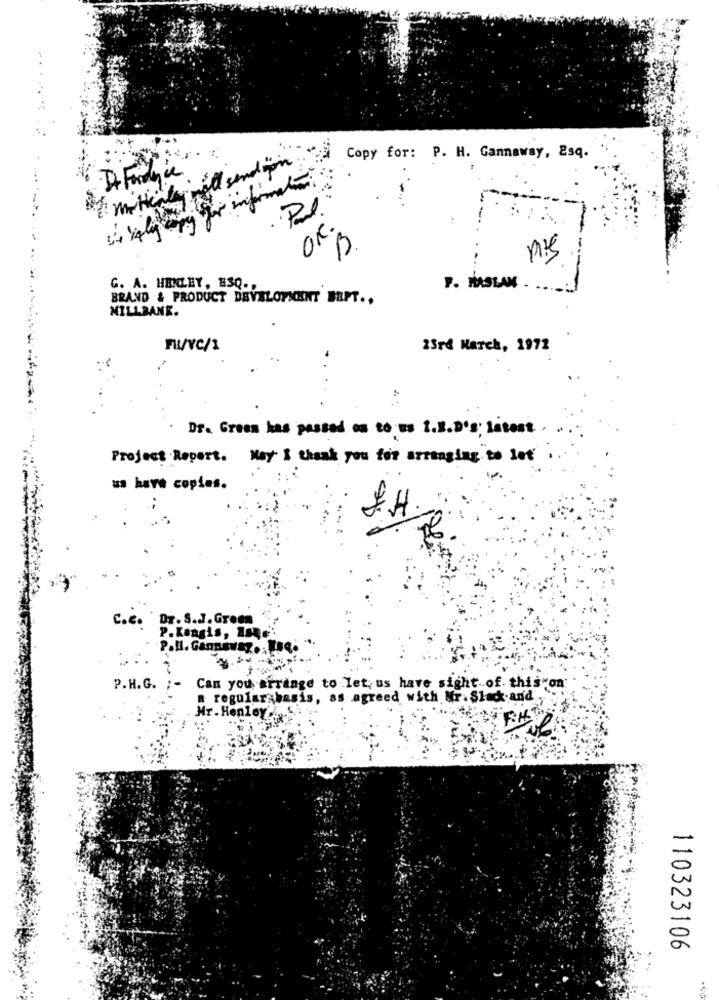
of mitthale will send you"
Copy for: P. H. Gannaway, Esq.
OK .
B
Mis
G. A. HENLEY, ESQ .,
F. MASLAN .
BRAND & PRODUCT DEVELOPMENT BRPT .,
MILLBANK.
FR/VC/1
23rd March, 1972
Dr. Green has passed on to us 1.N.D's; Latest.
Project Report. May I thank you for arranging"to let
us have copies.
C.c.
Dr. S.J. Green
P.Kongis, Asne
P.H. Gannonaz. . BBQ
P.H.G.
Can you arrange to let, us have sight of. this"on
a regular basis, as agreed with Mr. Slack-an'd.
Mr. Henley.i.
110323106